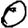
Digit: 0